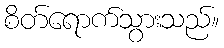
စိတ်ရောက်သွားသည်။